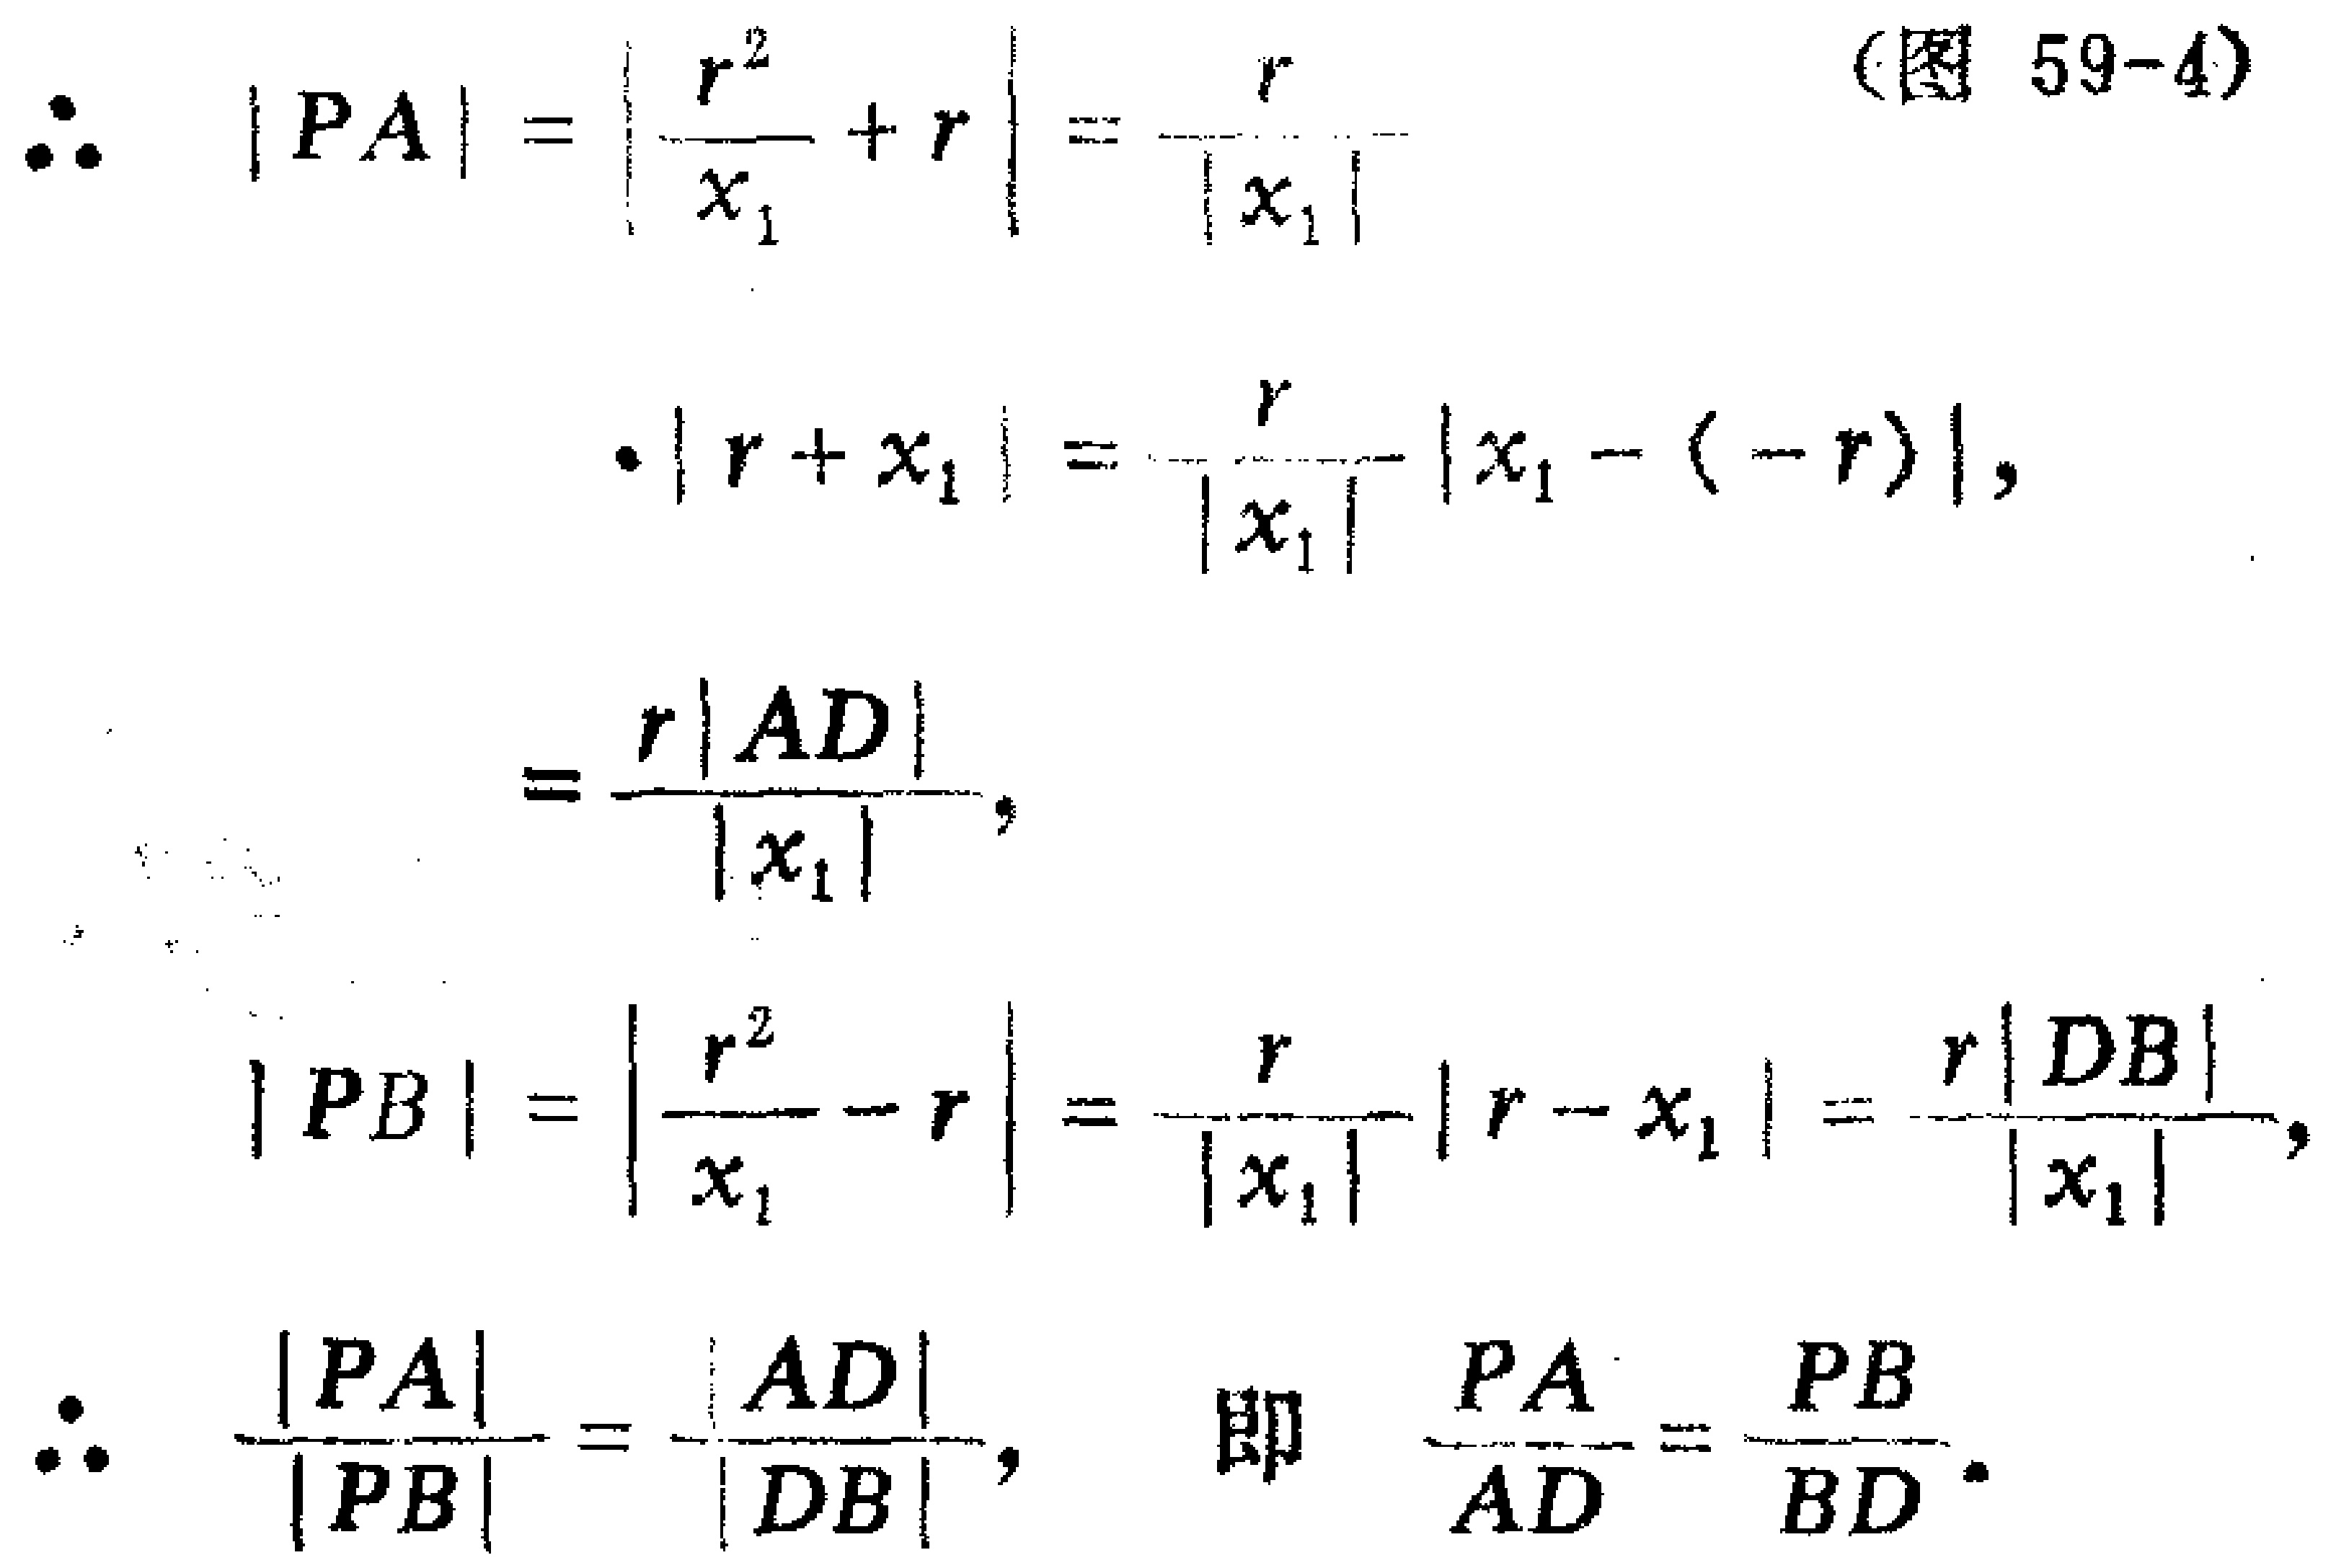
\begin{align*}
\therefore\quad |PA| &= \left|\frac{r^{2}}{x_{1}} + r\right|=\frac{r}{|x_{1}|}\\
&\cdot|r + x_{1}|=\frac{r}{|x_{1}|}|x_{1}-(-r)|,\\
&=\frac{r|AD|}{|x_{1}|},\\
|PB| &= \left|\frac{r^{2}}{x_{1}}-r\right|=\frac{r}{|x_{1}|}|r - x_{1}|=\frac{r|DB|}{|x_{1}|},\\
\therefore\quad \frac{|PA|}{|PB|}&=\frac{|AD|}{|DB|},\quad \text{即}\quad \frac{PA}{AD}=\frac{PB}{BD}.
\end{align*} （图 59-4）